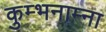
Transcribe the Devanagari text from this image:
कुम्भनाम्ना